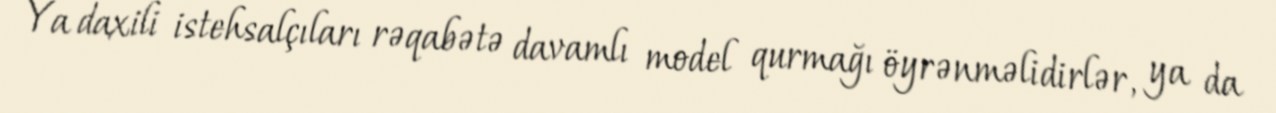
Ya daxili istehsalçıları rəqabətə davamlı model qurmağı öyrənməlidirlər, ya da